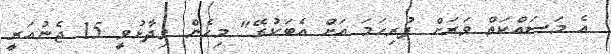
އެ މަސައްކަތް ވަރަށް ފުރިހަމަ އަށް އެބަކުރޭ" މިހެން ވިދާޅުވީ 15 ޖެނުއަރީ